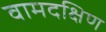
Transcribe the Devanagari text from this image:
वामदक्षिण